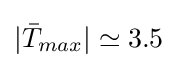
|{\bar {T}}_{max}|\simeq 3.5